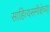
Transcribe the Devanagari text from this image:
साहित्यसमीक्षेच्या